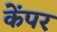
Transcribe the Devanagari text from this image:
केंपर